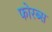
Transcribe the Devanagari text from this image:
फोरब्स